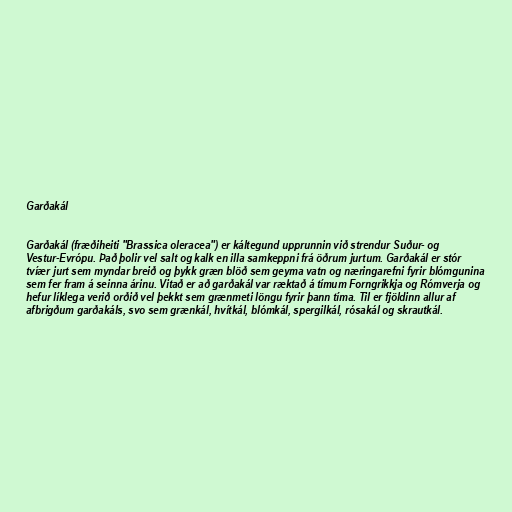
Garðakál

Garðakál (fræðiheiti "Brassica oleracea") er káltegund upprunnin við strendur Suður- og
Vestur-Evrópu. Það þolir vel salt og kalk en illa samkeppni frá öðrum jurtum. Garðakál er stór
tvíær jurt sem myndar breið og þykk græn blöð sem geyma vatn og næringarefni fyrir blómgunina
sem fer fram á seinna árinu. Vitað er að garðakál var ræktað á tímum Forngrikkja og Rómverja og
hefur líklega verið orðið vel þekkt sem grænmeti löngu fyrir þann tíma. Til er fjöldinn allur af
afbrigðum garðakáls, svo sem grænkál, hvítkál, blómkál, spergilkál, rósakál og skrautkál.